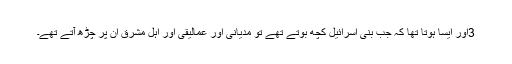
3اور اَیسا ہوتا تھا کہ جب بنی اِسرائیل کُچھ بوتے تھے تو مِدیانی اور عمالِیقی اور اہلِ مشرِق اُن پر چڑھ آتے تھے۔